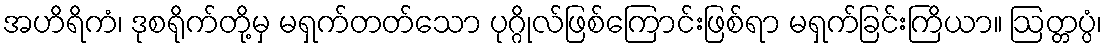
အဟိရိကံ၊ ဒုစရိုက်တို့မှ မရှက်တတ်သော ပုဂ္ဂိုလ်ဖြစ်ကြောင်းဖြစ်ရာ မရှက်ခြင်းကြိယာ။ ဩတ္တပ္ပံ၊